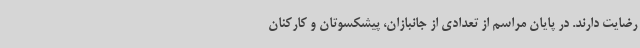
رضایت دارند. در پایان مراسم از تعدادی از جانبازان، پیشکسوتان و کارکنان